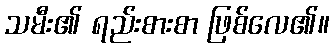
သမီး၏ ရည်းစားစာ ဖြစ်လေ၏။